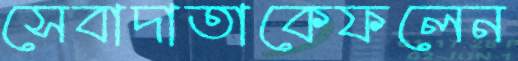
সেবাদাতাকেফলেন